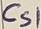
Text: CS